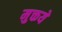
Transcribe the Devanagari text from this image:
मुक्तये